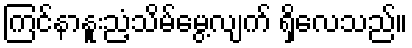
ကြင်နာနူးညံ့သိမ်မွေ့လျက် ရှိလေသည်။